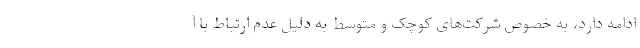
ادامه دارد، به خصوص شرکت‌های کوچک و متوسط به دلیل عدم ارتباط با آ